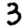
Digit: 3